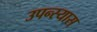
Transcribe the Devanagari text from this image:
उपन्स्यास